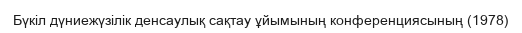
Бүкіл дүниежүзілік денсаулық сақтау ұйымының конференциясының (1978)